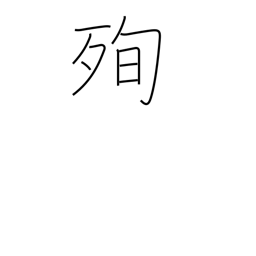
Meaning: martyrdom